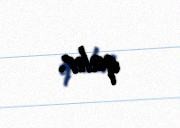
qalır.